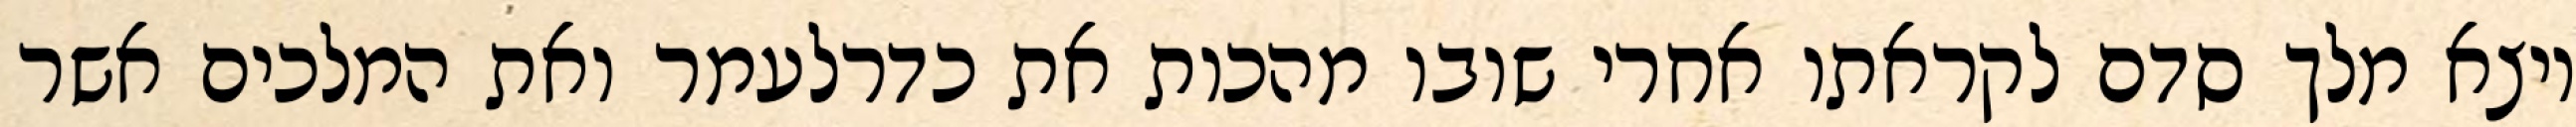
ויצא מלך סדם לקראתו אחרי שובו מהכות את כדרלעמר ואת המלכים אשר